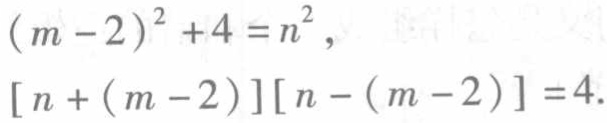
\((m - 2)^2 + 4 = n^2,\)
\([n + (m - 2)][n - (m - 2)] = 4.\)